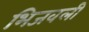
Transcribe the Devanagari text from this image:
भिजवली